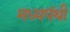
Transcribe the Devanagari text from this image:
मध्यपंथी